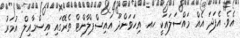
އެވެ. އެފަދަ އެއް މައްސަލައަކީ ހއ. އިހަވަންދޫ އައިސްޕްލާންޓް ތެރޭގައި އިސްމާއިލް އުމަރު